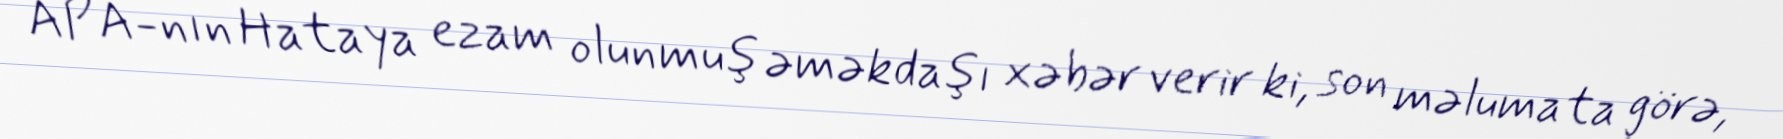
APA-nın Hataya ezam olunmuş əməkdaşı xəbər verir ki, son məlumata görə,